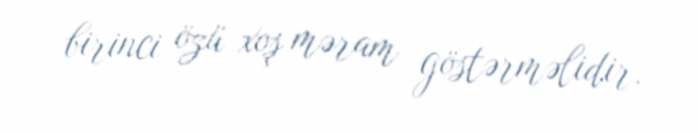
birinci özü xoş məram göstərməlidir.